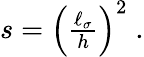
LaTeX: \begin{array}{r}{s=\left(\frac{\ell_{\sigma}}{h}\right)^{2}\; .}\end{array}